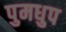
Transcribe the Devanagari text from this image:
पुमधुप